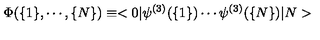
\Phi ( \{ 1 \} , \cdots , \{ N \} ) \equiv < 0 | \psi ^ { ( 3 ) } ( \{ 1 \} ) \cdots \psi ^ { ( 3 ) } ( \{ N \} ) | N >